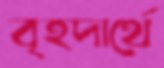
বৃহদার্থে